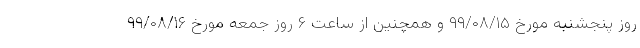
روز پنجشنبه مورخ ۹۹/۰۸/۱۵ و همچنین از ساعت ۶ روز جمعه مورخ ۹۹/۰۸/۱۶